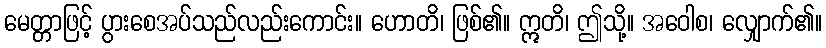
မေတ္တာဖြင့် ပွားစေအပ်သည်လည်းကောင်း။ ဟောတိ၊ ဖြစ်၏။ ဣတိ၊ ဤသို့။ အဝေါစ၊ လျှောက်၏။